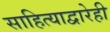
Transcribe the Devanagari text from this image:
साहित्याद्वारेही